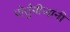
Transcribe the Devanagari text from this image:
पोर्तुंगीजांनी